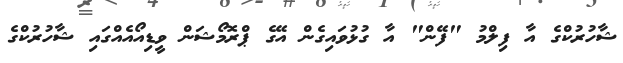
ޝާހުރުކްގެ އާ ފިލްމު "ފޭން" އާ ގުޅުވައިގެން އޭގެ ޕްރޮމޯޝަން ވީޑިއޯއެއްގައި ޝާހުރުކްގެ